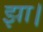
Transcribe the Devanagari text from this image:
झा।